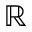
\mathbb { R }